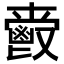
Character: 𲌤